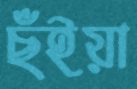
ছঁইয়া